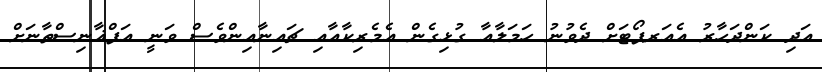
އަދި ކަންދަހާރު އެއަރޕޯޓަށް ދެވުނު ހަމަލާއާ ގުޅިގެން އެމެރިކާއާއި ޗައިނާއިންވެސް ވަނީ އަފްޣާނިސްތާނަށް